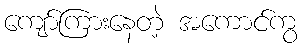
ကျော်ကြားနေတဲ့ အကောင်ကွ